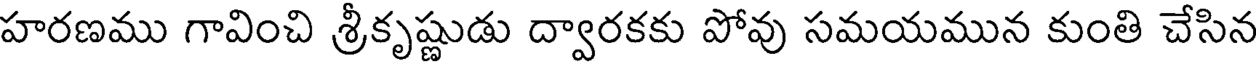
హరణము గావించి శ్రీకృష్ణుడు ద్వారకకు పోవు సమయమున కుంతి చేసిన